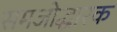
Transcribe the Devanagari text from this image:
समजोद्धारक